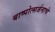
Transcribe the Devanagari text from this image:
बाष्पोत्सर्जनाचे